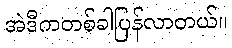
အဲဒီကတစ်ခါပြန်လာတယ်။